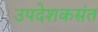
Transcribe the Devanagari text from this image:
उपदेशकसंत